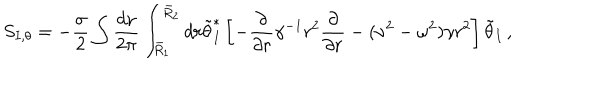
S _ { I , \theta } = - \frac { \sigma } { 2 } \int \frac { d \nu } { 2 \pi } \int _ { \bar { R } _ { 1 } } ^ { \bar { R } _ { 2 } } d r \tilde { \theta } _ { I } ^ { * } \left[ - \frac { \partial } { \partial r } \gamma ^ { - 1 } r ^ { 2 } \frac { \partial } { \partial r } - ( \nu ^ { 2 } - \omega ^ { 2 } ) \gamma r ^ { 2 } \right] \tilde { \theta } _ { I } \, ,